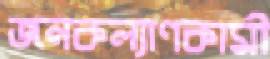
জনকল্যাণকামী